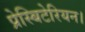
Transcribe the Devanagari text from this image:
प्रेस्बिटेरियन।